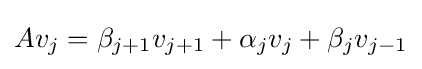
Av_{j}=\beta _{j+1}v_{j+1}+\alpha _{j}v_{j}+\beta _{j}v_{j-1}